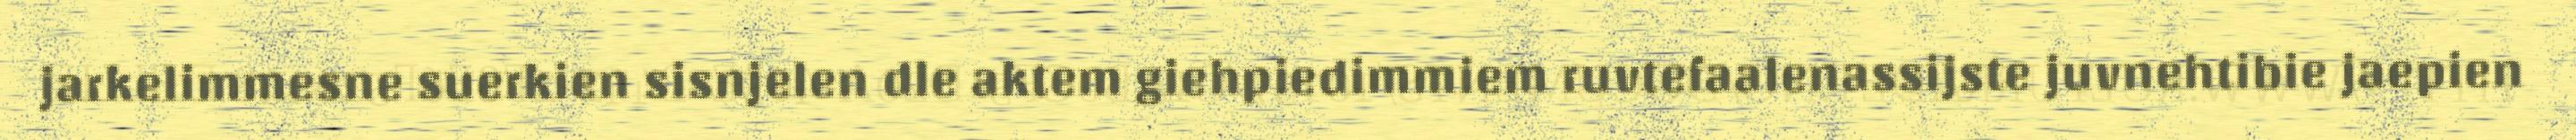
jarkelimmesne suerkien sisnjelen dle aktem giehpiedimmiem ruvtefaalenassijste juvnehtibie jaepien